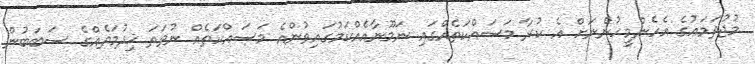
މުޖުތަމަޢުގެ އެހެންމީހުންނަށް އެ ކުރާ މަސައްކަތެއްގައި ނަމޫނާއެއްކަމުގައިވުންއެ މަސައްކަތެއް ނުވަތަ ޚިދުމަތެއްގެ ސަބަބުން